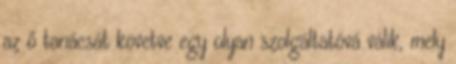
az ő tanácsát követve egy olyan szolgáltatóvá válik, mely